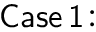
\mathsf { C a s e \, 1 \! : }